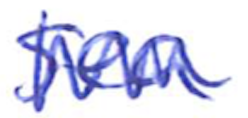
Text: sea
Cross-out: zig-zag
Writing tool: ballpoint